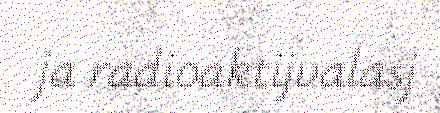
ja radioaktijvalasj